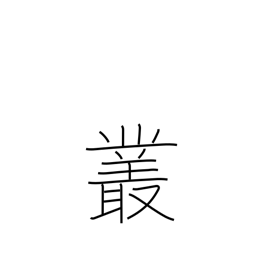
Meaning: plexus